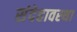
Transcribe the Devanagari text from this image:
संदेहावस्था